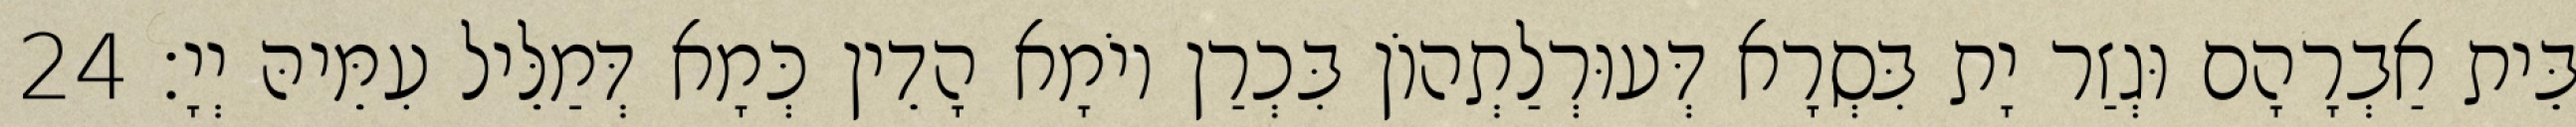
בֵּית אַבְרָהָם וּגְזַר יָת בִּסְרָא דְּעוּרְלַתְהוֹן בִּכְרַן יוֹמָא הָדֵין כְּמָא דְּמַלֵּיל עִמֵּיהּ יְיָ׃ 24